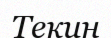
Текин